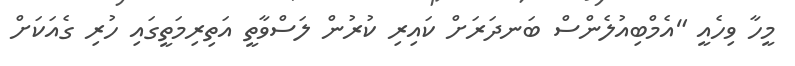
މީހާ ވިހެއީ "އެމްބިއުލެންސް ބަނދަރަށް ކައިރި ކުރުން ލަސްވާތީ އަތިރިމަތީގައި ހުރި ގެއަކަށް